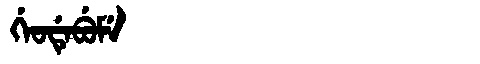
Manchu: ᡤᡝᠣᡩᡝᠪᡠᠮᡝ
Romanization: GEODEBUME